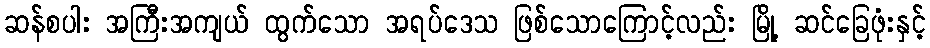
ဆန်စပါး အကြီးအကျယ် ထွက်သော အရပ်ဒေသ ဖြစ်သောကြောင့်လည်း မြို့ ဆင်ခြေဖုံးနှင့်